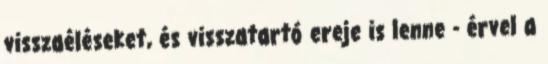
visszaéléseket, és visszatartó ereje is lenne - érvel a